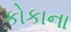
કોકાના